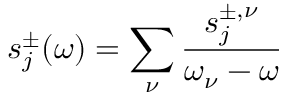
s _ { j } ^ { \pm } ( \omega ) = \sum _ { \nu } \frac { s _ { j } ^ { { \pm } , \nu } } { \omega _ { \nu } - \omega }